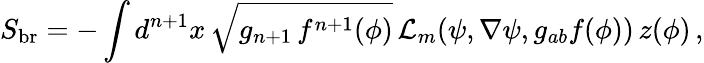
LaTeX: S_{\mathrm{br}}=-\int{d^{n+1}x\, \sqrt{g_{n+1}\, f^{n+1}(\phi)}\, {\mathcal{L}}_{m}(\psi,\nabla\psi,g_{ab}f(\phi))}\, z(\phi)\, ,